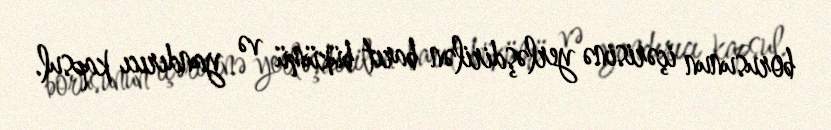
borusunun içərisinə yerləşdirilən barıt bükümü və yandırıcı kapsul.